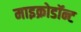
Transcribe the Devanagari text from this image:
माइक्रोडॉन्ट